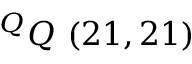
^ { Q } Q \ ( 2 1 , 2 1 )